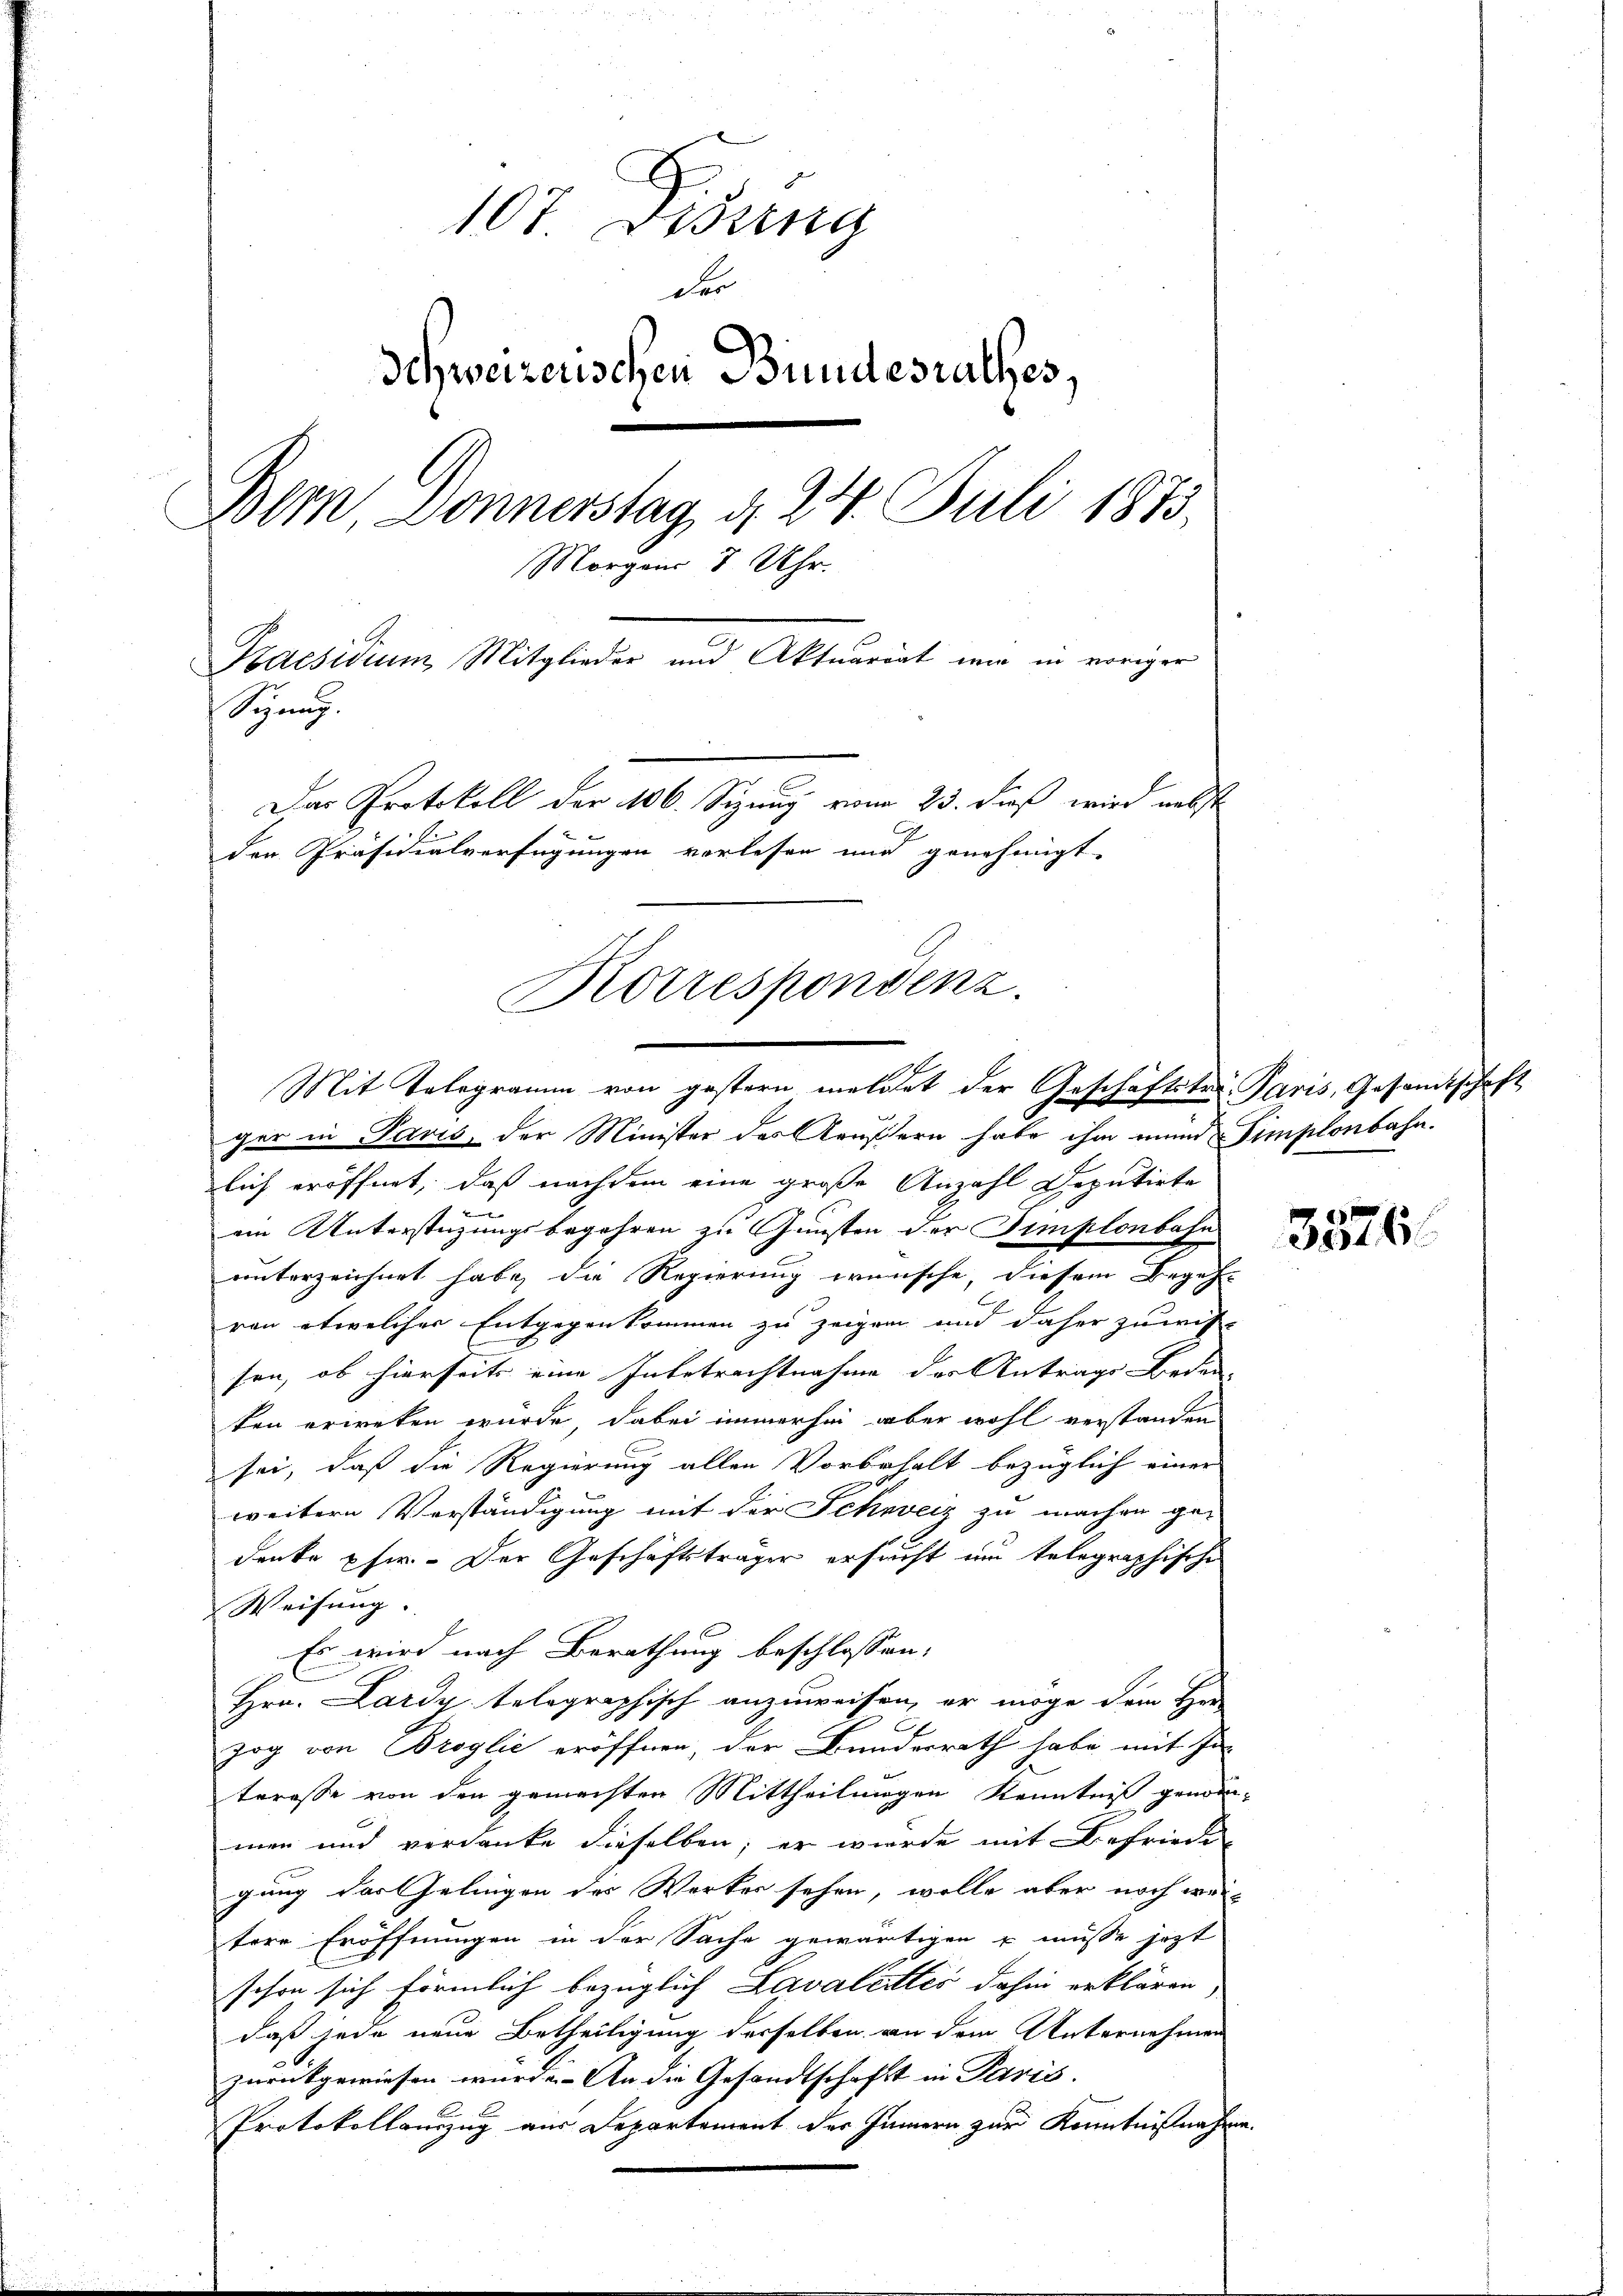
107. Disung
der
Schweizerischen Bundesrathes,
Bern, Donnerstag d. 24. Juli 1873.
Morgen 8 Uhr.
Kaesidium Mitglieder und Aktuariat mir in voriger
Sizung.
Das Protokoll der 106. Sizung vom 23. dieß wird nebst
den Präsidialverfügungen vorlesen und genehmigt.
Korresponsenz

Mit Telegramm von gestern meldet der Geschäftster Paris, Gesandtschaft

ger in Paris, der Minister des Aeußern habe ihm eine Simplonbahn.
lich eröffnet, daß nachdem eine große Anzahl Deputirte

ein Unterstüzungsbegehren zu Gunsten der Simplonbahn
unterzeichnet habe, die Regierung wünsche, diesem Begeh-
ren etwelcher Entgegenkommen zu zeigen und daher zuwis-
sen, ob hierseits eine Inbetrachtnahme der Antrags Beden-
ken erweten würde, dabei immerhin aber wohl verstanden
n
sei, daß die Regierung allen Vorbehalt bezüglich einer
weitern Verständigung mit der Schweiz zu machen ge-
denke pfer. Der Geschäftsträger ersucht um telegraphische
Weisung. |
Es wird nach Berathung beschlossen:
Hrn. Lardy telegraphisch anzuweisen, er möge dem Her
zog von Broglie eröffnen, der Bundesrath habe mit In-
teresse von den gemachten Mittheilungen Kenntniß genommen und verdanke dieselben; er wurde mit Befriede
gung der Zelingen des Werker sehen, wolle aber noch weil
tere Eröffnungen in der Sache gewärtigen u müsse jetzt
schon sich förmlich bezüglich Lavalistes dahin erklären,
daß jede neue Betheiligung derselben an dem Unternehmen
zurückgewiesen wurde. An die Gesandtschaft in Paris.
Protokollanzug aus Departement des Innern zur Kenntnißnahme

3576